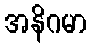
အနိဂမာ